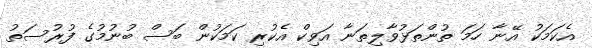
އެކަމަކު އޭނާ ހަމަ ތުންތަޅުވާލިތަނާ އަވިކް އެކުރި ކަމަކުން ބަސް ބުނުމުގެ ފުރުސަތު